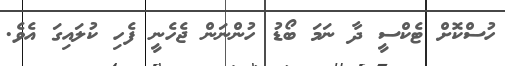
ހުސްކޮށް ޓެކްސީ ދާ ނަމަ ބޯޑު ހުންނަން ޖެހެނީ ފެހި ކުލައިގަ އެވެ.